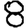
Digit: 8